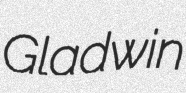
Gladwin